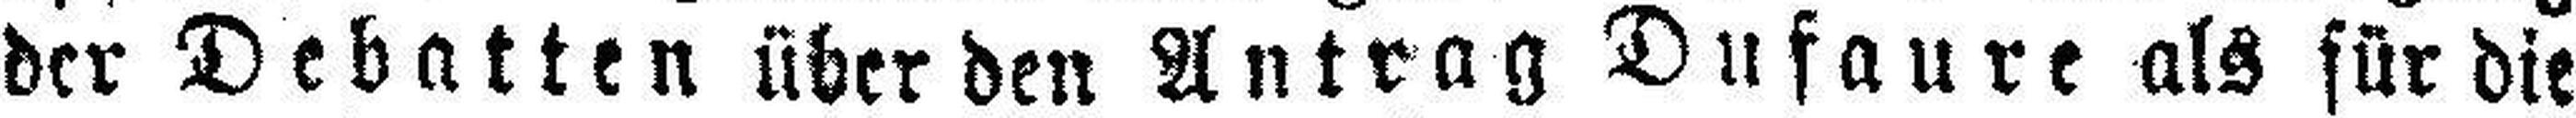
der Debatten über den Antrag Dufaure als für die